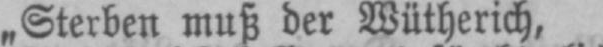
„Sterben muß der Wütherich,